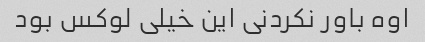
اوه باور نکردنی این خیلی لوکس بود